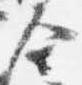
合